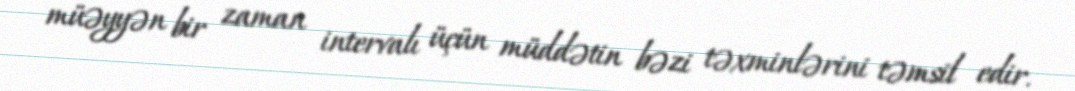
müəyyən bir zaman intervalı üçün müddətin bəzi təxminlərini təmsil edir.